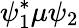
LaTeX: \psi_{1}^{*}\mu\psi_{2}